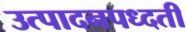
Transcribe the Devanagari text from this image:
उत्पादनपध्दती